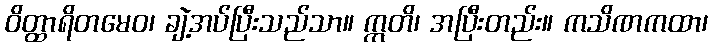
ဝိတ္ထာရိတမေဝ၊ ချဲ့အပ်ပြီးသည်သာ။ ဣတိ၊ အပြီးတည်း။ ကသိဏကထာ၊